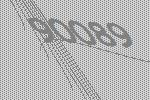
90089